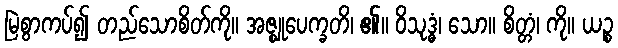
မြဲစွာကပ်၍ တည်သောစိတ်ကို။ အဇ္ဈုပေက္ခတိ၊ ၏။ ဝိသုဒ္ဓံ၊ သော။ စိတ္တံ၊ ကို။ ယဉ္စ